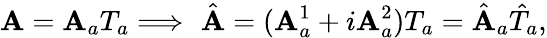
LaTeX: \mathbf{A}=\mathbf{A}_{a}T_{a}\Longrightarrow\, \, \hat{{\mathbf{A}}}=(\mathbf{A}_{a}^{1}+i\mathbf{A}_{a}^{2})T_{a}=\hat{{\mathbf{A}}}_{a}\hat{{T}}_{a},